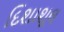
દિશાશૂલ